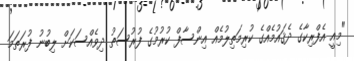
"މިއީ އެފްރިކާގެ ދެޤައުމެއްގެ ކުރިމަތިލުމެއް އިންސާފް ކުރުމުގެ ފުރުސަތު ދިވެއްސަކަށް ލިބުނު ފުރަތަމަ